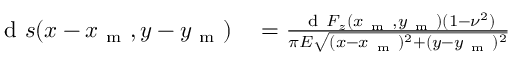
\begin{array} { r l } { \mathrm { ~ d ~ } s ( x - x _ { \mathrm { ~ m ~ } } , y - y _ { \mathrm { ~ m ~ } } ) } & { { } = \frac { \mathrm { ~ d ~ } F _ { z } ( x _ { \mathrm { ~ m ~ } } , y _ { \mathrm { ~ m ~ } } ) ( 1 - \nu ^ { 2 } ) } { \pi E \sqrt { ( x - x _ { \mathrm { ~ m ~ } } ) ^ { 2 } + ( y - y _ { \mathrm { ~ m ~ } } ) ^ { 2 } } } } \end{array}